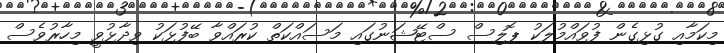
މިކަމާއި ގުޅިގެން ފުވައްމުލަކު ޕޮލިސް ސްޓޭޝަނުގައި މަސައްކަތް ކުރައްވާ ބޭފުޅަކު ވިދާޅުވީ މިހާރުވެސް